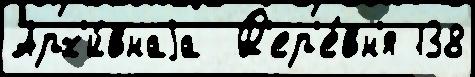
Арх'и́внаjа  Д'ер'е́вн'я 138